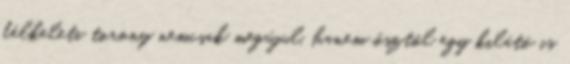
délkeleti torony nemcsak megújul, hanem ősztől egy kilátó is